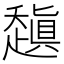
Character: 𰷻